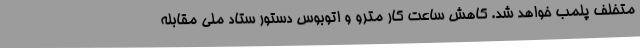
متخلف پلمب خواهد شد. کاهش ساعت کار مترو و اتوبوس دستور ستاد ملی مقابله